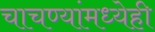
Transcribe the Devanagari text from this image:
चाचण्यांमध्येही